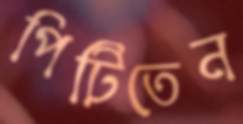
পিটিতেন